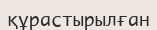
құрастырылған